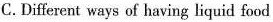
C.Different ways of having liquid food